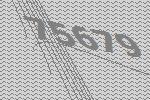
75679